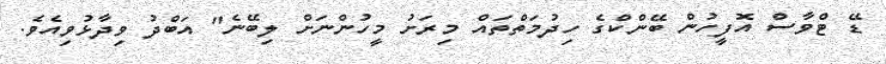
ޑޭ ޓްވާސް އޮފީހުން ބޭންކްގެ ހިދުމަތްތައް މިރަށު މީހުންނަށް ލިބޭނެ" އަބްދު ވިދާޅުވިއެވެ.